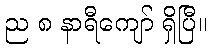
ည ၈ နာရီကျော် ရှိပြီ။